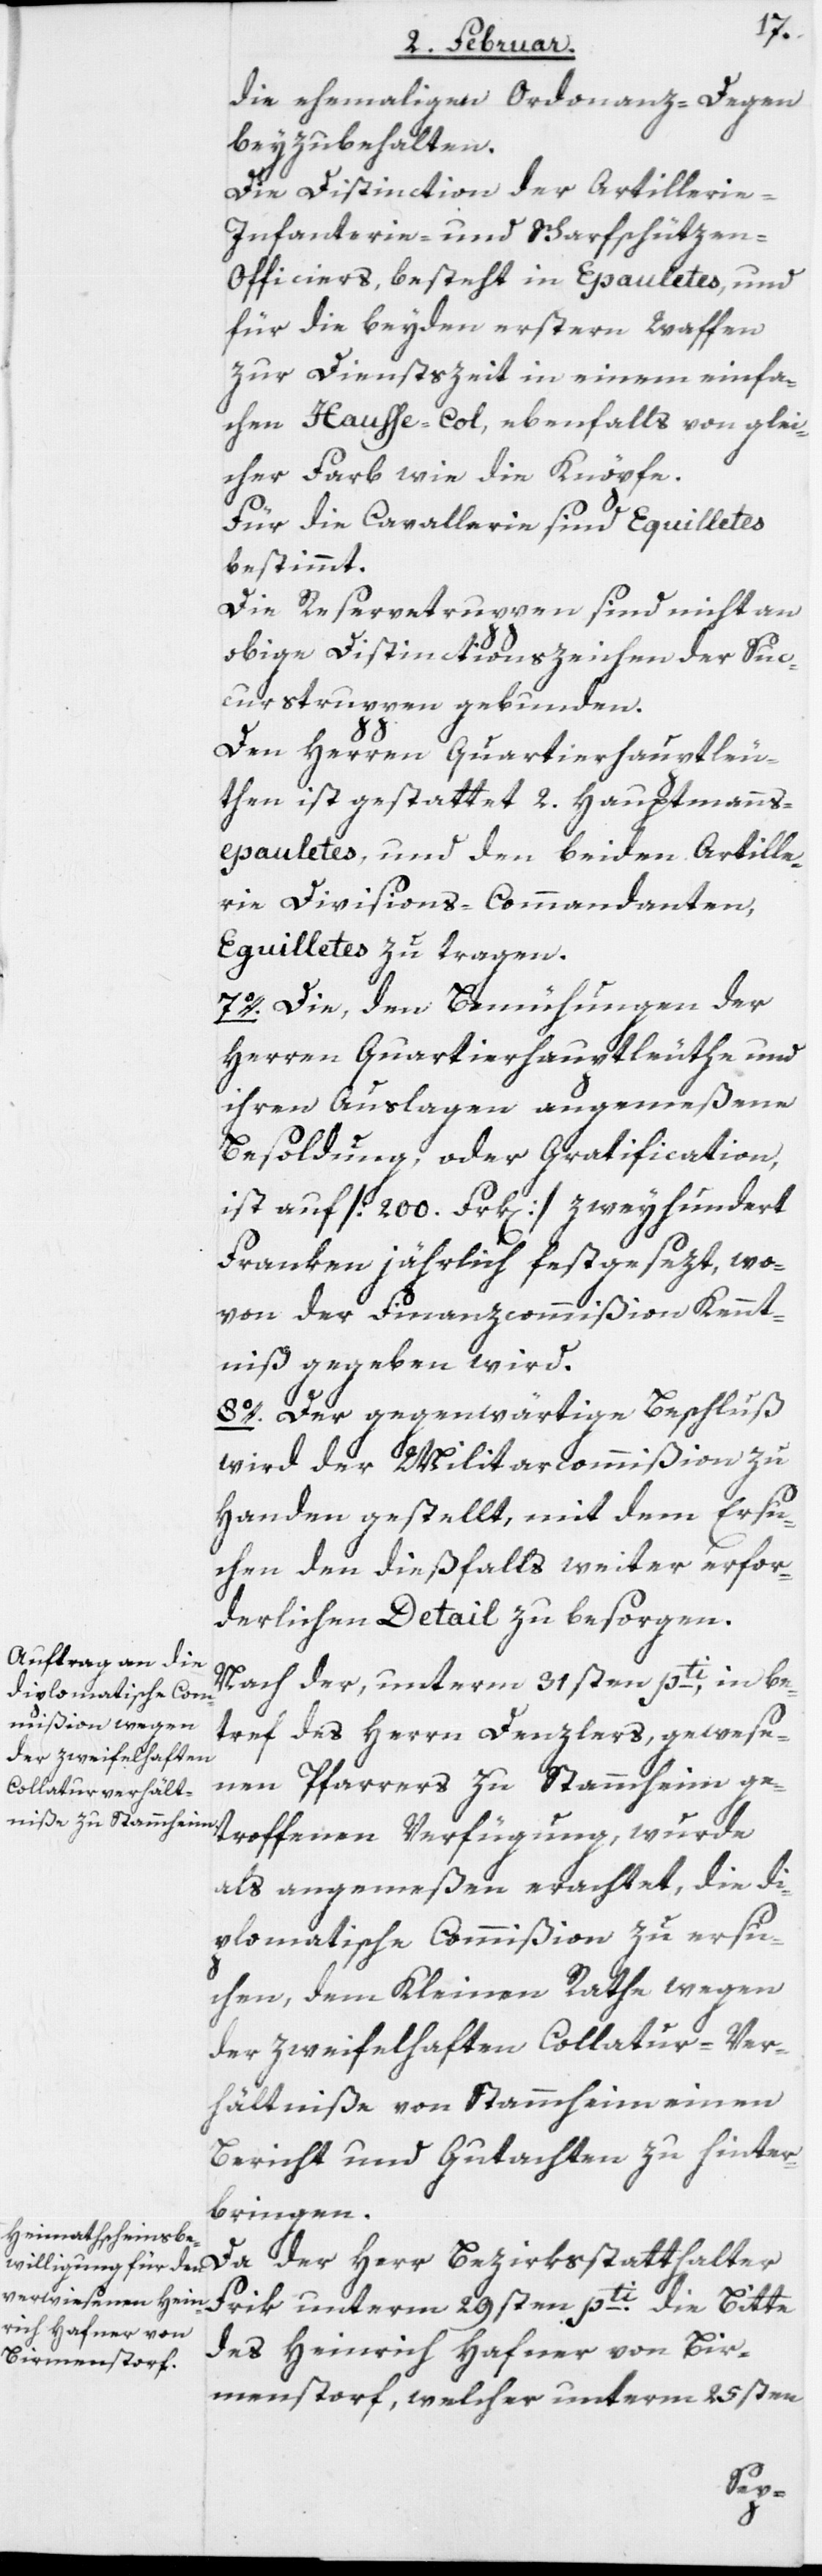
die ehemaligen Ordonanz-Degen
beyzubehalten.
Die Distinction der Artillerie-[,]
Infanterie- und Scharfschütze¬
n-Officiers, besteht in Epauletes, und
für die beyden erstern Waffen
zur Dienstszeit in einem einfa¬
chen Hausse-Col, ebenfalls von glei¬
cher Farb wie die Knöpfe.
Für die Cavallerie sind Equilletes
bestimmt.
Die Reservetruppen sind nicht an
obige Distinctionszeichen der Suc¬
curstruppen gebunden.
Den Herren Quartierhauptleu¬
then ist gestattet 2. Hauptmanns¬
epauletes, und den beiden Artille¬
rie Divisions-Commandanten,
Equilletes zu tragen.
7o. Die, den Bemühungen der
Herren Quartierhauptleuthe und
ihren Auslagen angemeßene
Besoldung. oder Gratification,
ist auf [200. Frk[en]] zweyhundert
Franken jährlich festgesezt, wo¬
von der Finanzcommißion Kennt¬
niß gegeben wird.
8o. Der gegenwärtige Beschluß
wird der Militarcommißion zu
Handen gestellt, mit dem Ersu¬
chen den dießfalls weiter erfor¬
derlichen Detail zu besorgen.
Nach der, unterm 31sten pti, in be¬
tref des Herrn Denzlers, gewese¬
nen Pfarrers zu Stammheim ge¬
troffenen Verfügung, wurde
als angemeßen erachtet, die di¬
plomatische Commißion zu ersu¬
chen, dem Kleinen Rathe wegen
der zweifelhaften Collatur-Ver¬
hältniße von Stammheim einen
Bericht und Gutachten zu hinter¬
bringen.
Da der Herr Bezirksstatthalter
Frik unterm 29sten pti. die Bitte
des Heinrich Hafner von Bir¬
menstorf, welcher unterm 25sten